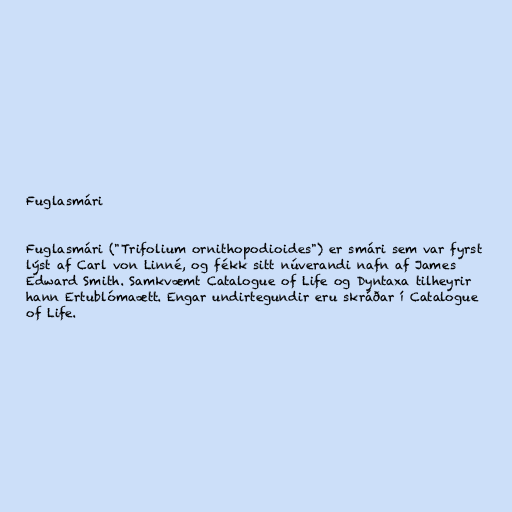
Fuglasmári

Fuglasmári ("Trifolium ornithopodioides") er smári sem var fyrst
lýst af Carl von Linné, og fékk sitt núverandi nafn af James
Edward Smith. Samkvæmt Catalogue of Life og Dyntaxa tilheyrir
hann Ertublómaætt. Engar undirtegundir eru skráðar í Catalogue
of Life.